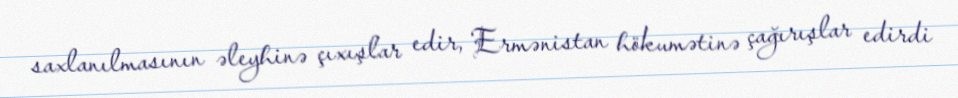
saxlanılmasının əleyhinə çıxışlar edir, Ermənistan hökumətinə çağırışlar edirdi